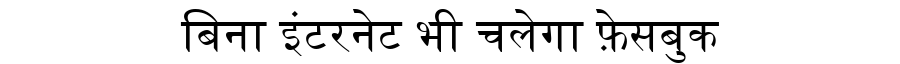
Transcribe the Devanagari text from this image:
बिना इंटरनेट भी चलेगा फ़ेसबुक